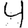
Digit: 4